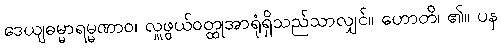
ဒေယျဓမ္မာရမ္မဏာဝ၊ လှူဖွယ်ဝတ္ထုအာရုံရှိသည်သာလျှင်။ ဟောတိ၊ ၏။ ပန